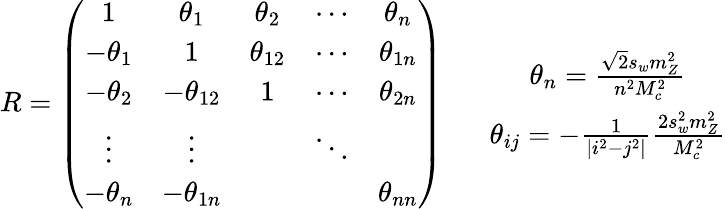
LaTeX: R=\left(\begin{array}{ccccc}{{1}}&{{\theta_{1}}}&{{\theta_{2}}}&{{\cdots}}&{{\theta_{n}}}\\ {{-\theta_{1}}}&{{1}}&{{\theta_{12}}}&{{\cdots}}&{{\theta_{1n}}}\\ {{-\theta_{2}}}&{{-\theta_{12}}}&{{1}}&{{\cdots}}&{{\theta_{2n}}}\\ {{\vdots}}&{{\vdots}}&{{}}&{{\ddots}}&{{}}\\ {{-\theta_{n}}}&{{-\theta_{1n}}}&{{}}&{{}}&{{\theta_{nn}}}\end{array}\right)\, \, \, \, \, \, \, \, \, \, \begin{array}{c}{{\theta_{n}=\frac{\sqrt{2}s_{w}m_{Z}^{2}}{n^{2}M_{c}^{2}}}}\\ {{\theta_{ij}=-\frac{1}{|i^{2}-j^{2}|}\frac{2s_{w}^{2}m_{Z}^{2}}{M_{c}^{2}}}}\end{array}